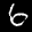
Label: 6